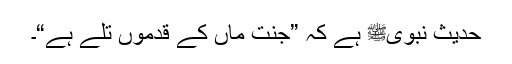
حدیث نبویﷺ ہے کہ ”جنت ماں کے قدموں تلے ہے“۔